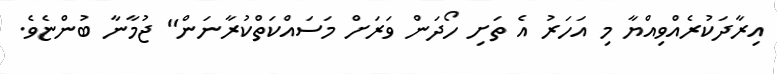
އިރާދަކުރެއްވިއްޔާ މި އަހަރު އެ ތަށި ހޯދަން ވަރަށް މަސައްކަތްކުރާނަން" ޖުމާނާ ބުންޏެވެ.